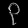
Digit: ၃